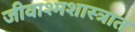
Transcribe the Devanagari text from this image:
जीवाश्मशास्त्रात